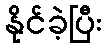
နိုင်ခဲ့ပြီး